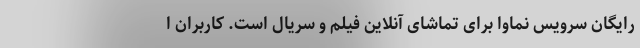
رایگان سرویس نماوا برای تماشای آنلاین فیلم و سریال است. کاربران ا